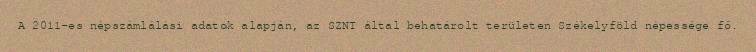
A 2011-es népszámlálási adatok alapján, az SZNT által behatárolt területen Székelyföld népessége fő.